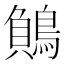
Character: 𪃓